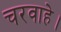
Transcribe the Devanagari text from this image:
चरवाहे।